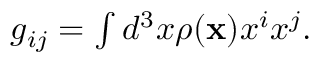
\begin{array} { r } { g _ { i j } = \int d ^ { 3 } x \rho ( { \bf x } ) x ^ { i } x ^ { j } . } \end{array}